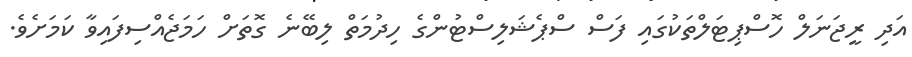
އަދި ރީޖަނަލް ހޮސްޕިޓަލްތަކުގައި ފަސް ސްޕެޝަލިސްޓުންގެ ހިދުމަތް ލިބޭނެ ގޮތަށް ހަމަޖެއްސިފައިވާ ކަމަށެވެ.